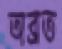
অব্রত